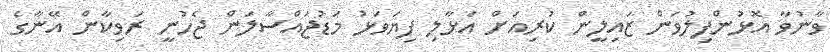
ވާނުވާ އޮޅުންފިލުވަން ޒައިލީން ކުރިއަށް އަޅާލި ފިޔަވަޅު މަޑުޖައްސާލަން ޖެހުނީ ރަވިކާން އޭނާގެ